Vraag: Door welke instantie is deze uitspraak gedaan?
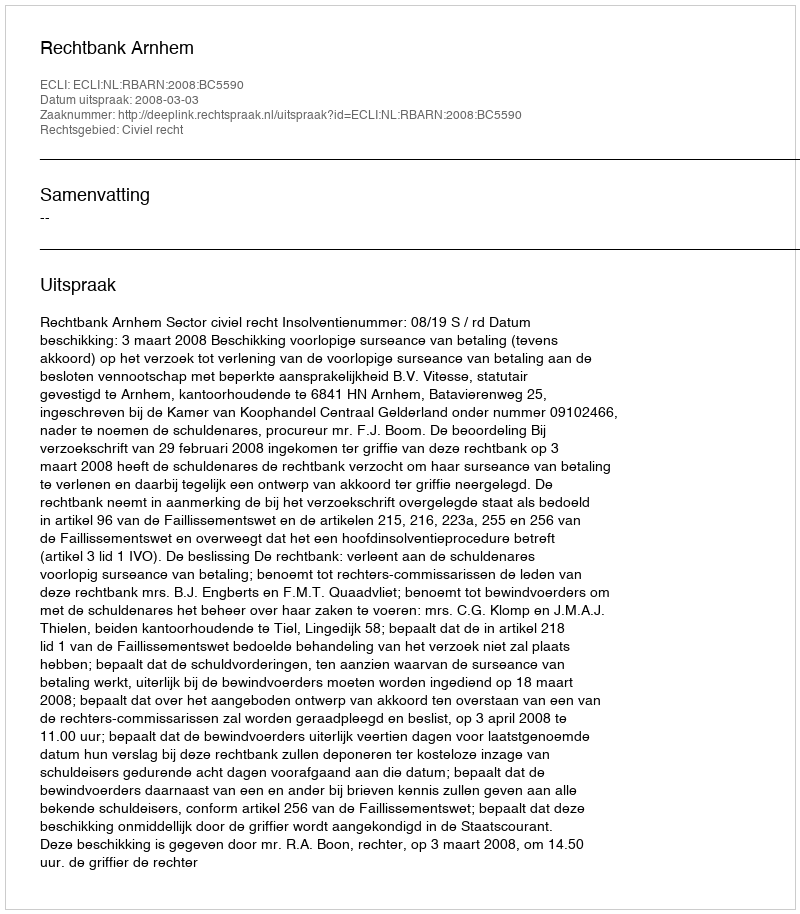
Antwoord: Rechtbank Arnhem